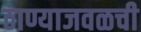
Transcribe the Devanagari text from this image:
ठाण्याजवळची